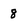
Character: 8